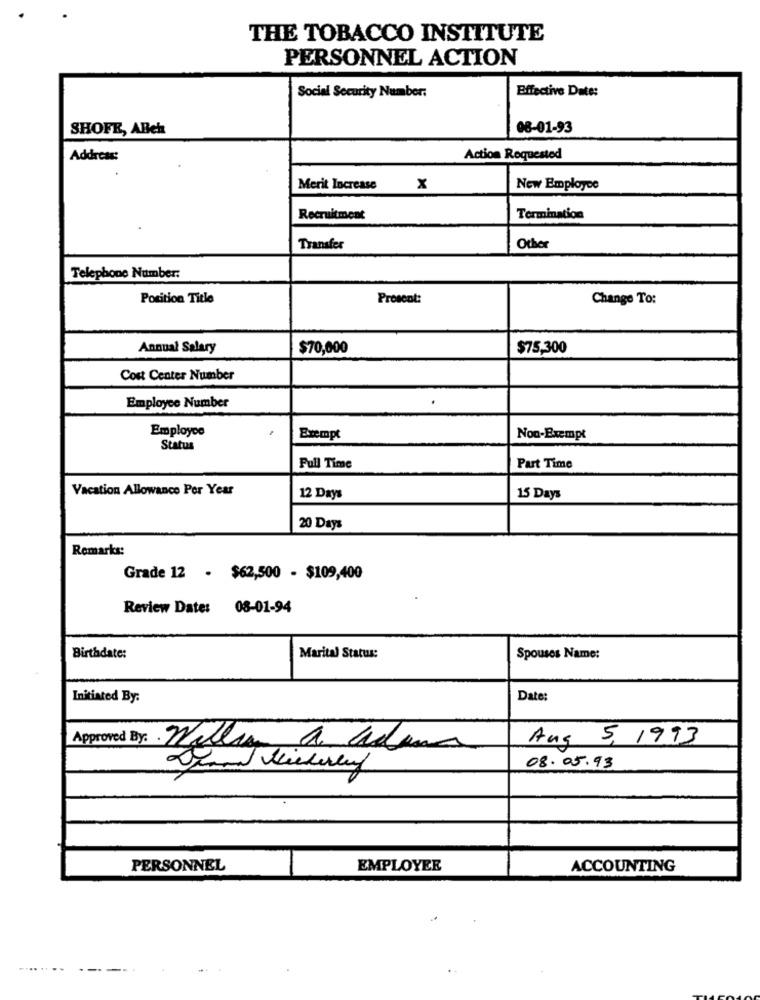
THE TOBACCO INSTITUTE
PERSONNEL ACTION
Social Security Number:
Effective Date:
SHOFE, ABeh
08-01-93
Address:
Action Requested
Merit Increase
x
New Employee
Recruitment
Termination
Transfer
Other
Telephone Number:
Position Title
Prosent:
Change To:
Annual Salary
$70,000
$75,300
Cost Center Number
Employee Number
Employee
Exempt
Non-Exempt
Status
Part Time
Full Time
Vacation Allowance Per Year
12 Days
15 Days
20 Days
Remarks:
Grade 12 - $62,500 - $109,400
Review Date: 08-01-94
Birthdate:
Marital Status:
Spouses Name:
Initiated By:
Date:
Aug 5, 1993
Approved By: Willy a adam
08.05.93
PERSONNEL
EMPLOYEE
ACCOUNTING
.......
---